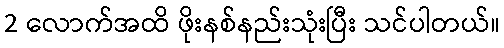
2 လောက်အထိ ဖိုးနစ်နည်းသုံးပြီး သင်ပါတယ်။